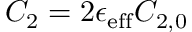
C _ { 2 } = 2 \epsilon _ { \mathrm { e f f } } C _ { 2 , 0 }